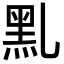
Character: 䵝